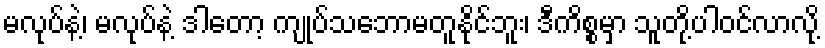
မလုပ်နဲ့၊ မလုပ်နဲ့ ဒါတော့ ကျုပ်သဘောမတူနိုင်ဘူး၊ ဒီကိစ္စမှာ သူတို့ပါဝင်လာလို့